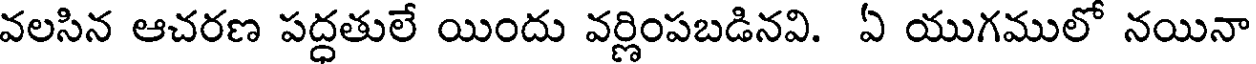
వలసిన ఆచరణ పద్ధతులే యిందు వర్ణింపబడినవి. ఏ యుగములో నయినా